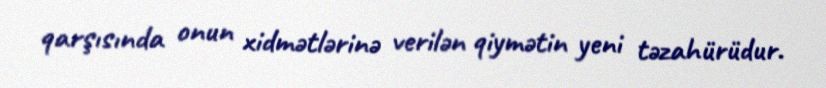
qarşısında onun xidmətlərinə verilən qiymətin yeni təzahürüdur.